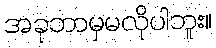
အခုဘာမှမလိုပါဘူး။